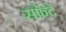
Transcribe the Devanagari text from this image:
सफेदे